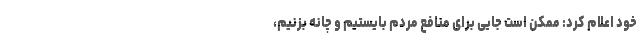
خود اعلام کرد: ممکن است جایی برای منافع مردم بایستیم و چانه بزنیم،